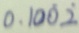
0 . 1 0 0 \dot { 2 }